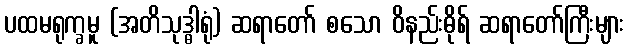
ပထမရုက္ခမူ (အတိသုဒ္ဓါရုံ) ဆရာတော် စသော ဝိနည်းဓိုရ် ဆရာတော်ကြီးများ